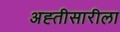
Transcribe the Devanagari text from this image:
अह्तीसारीला